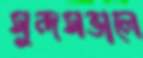
সুন্দসভালে